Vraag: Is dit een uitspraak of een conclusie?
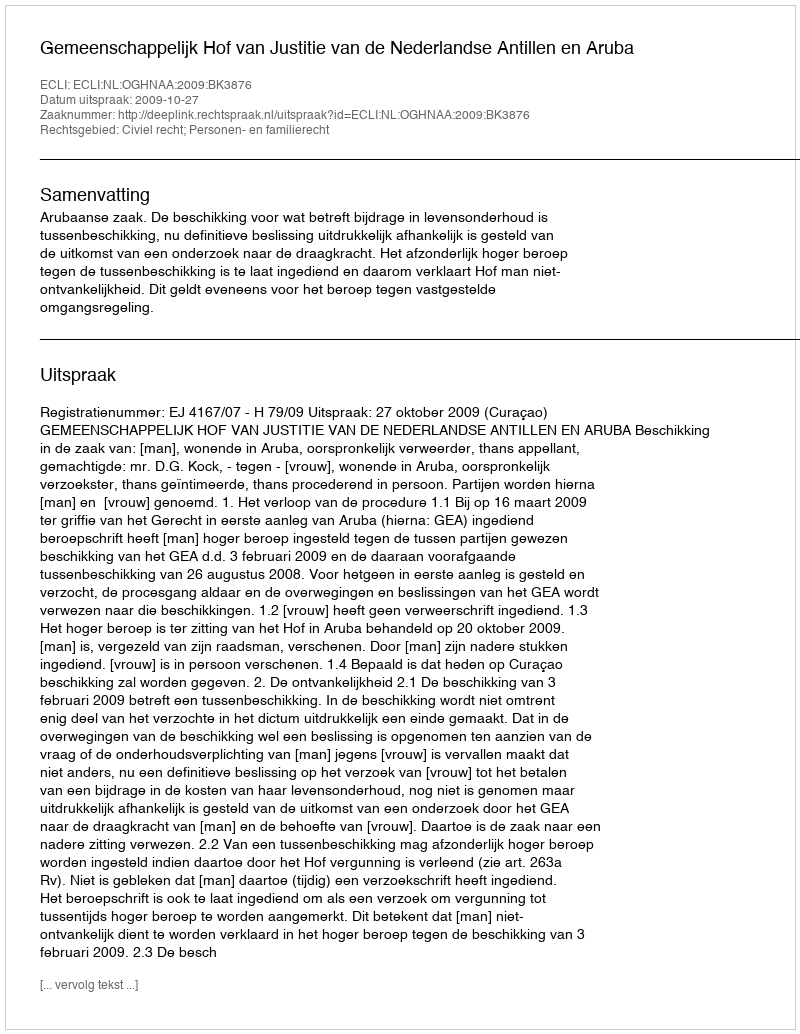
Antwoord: Uitspraak